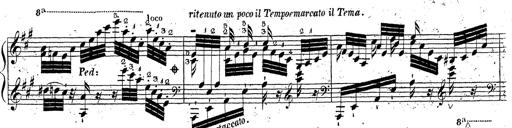
Title: Grande fantaisie sur la tyrolienne de l'opÃ©ra
Composer: Franz Liszt
Key: A major